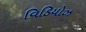
વિડિયોઝ